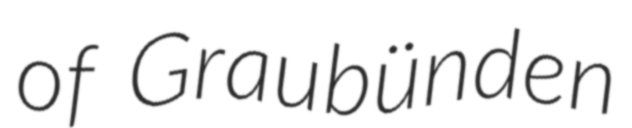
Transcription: of Graubünden